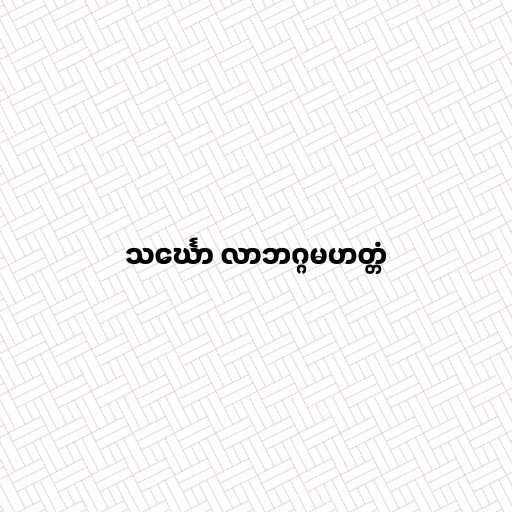
သင်္ဃော လာဘဂ္ဂမဟတ္တံ